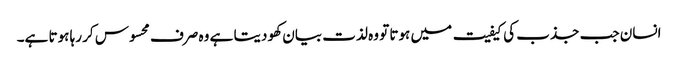
انسان جب جذب کی کیفیت میں ہوتا تو وہ لذت بیان کھو دیتا ہے وہ صرف محسوس کر رہا ہوتا ہے۔